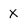
Character: X